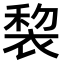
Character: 𧚩